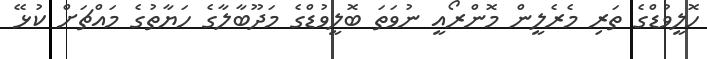
ހޮލީވުޑްގެ ތަރި މެރެލީން މޮންރޯއީ ނުވަތަ ބޮލީވުޑްގެ މަދޫބާލާގެ ހަޔާތުގެ މައްޗަށް ކުޅޭ